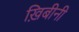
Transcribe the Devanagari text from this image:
ख़िबीनी